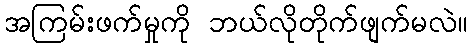
အကြမ်းဖက်မှုကို ဘယ်လိုတိုက်ဖျက်မလဲ။